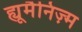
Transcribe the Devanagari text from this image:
ह्यूमैनिज़्म